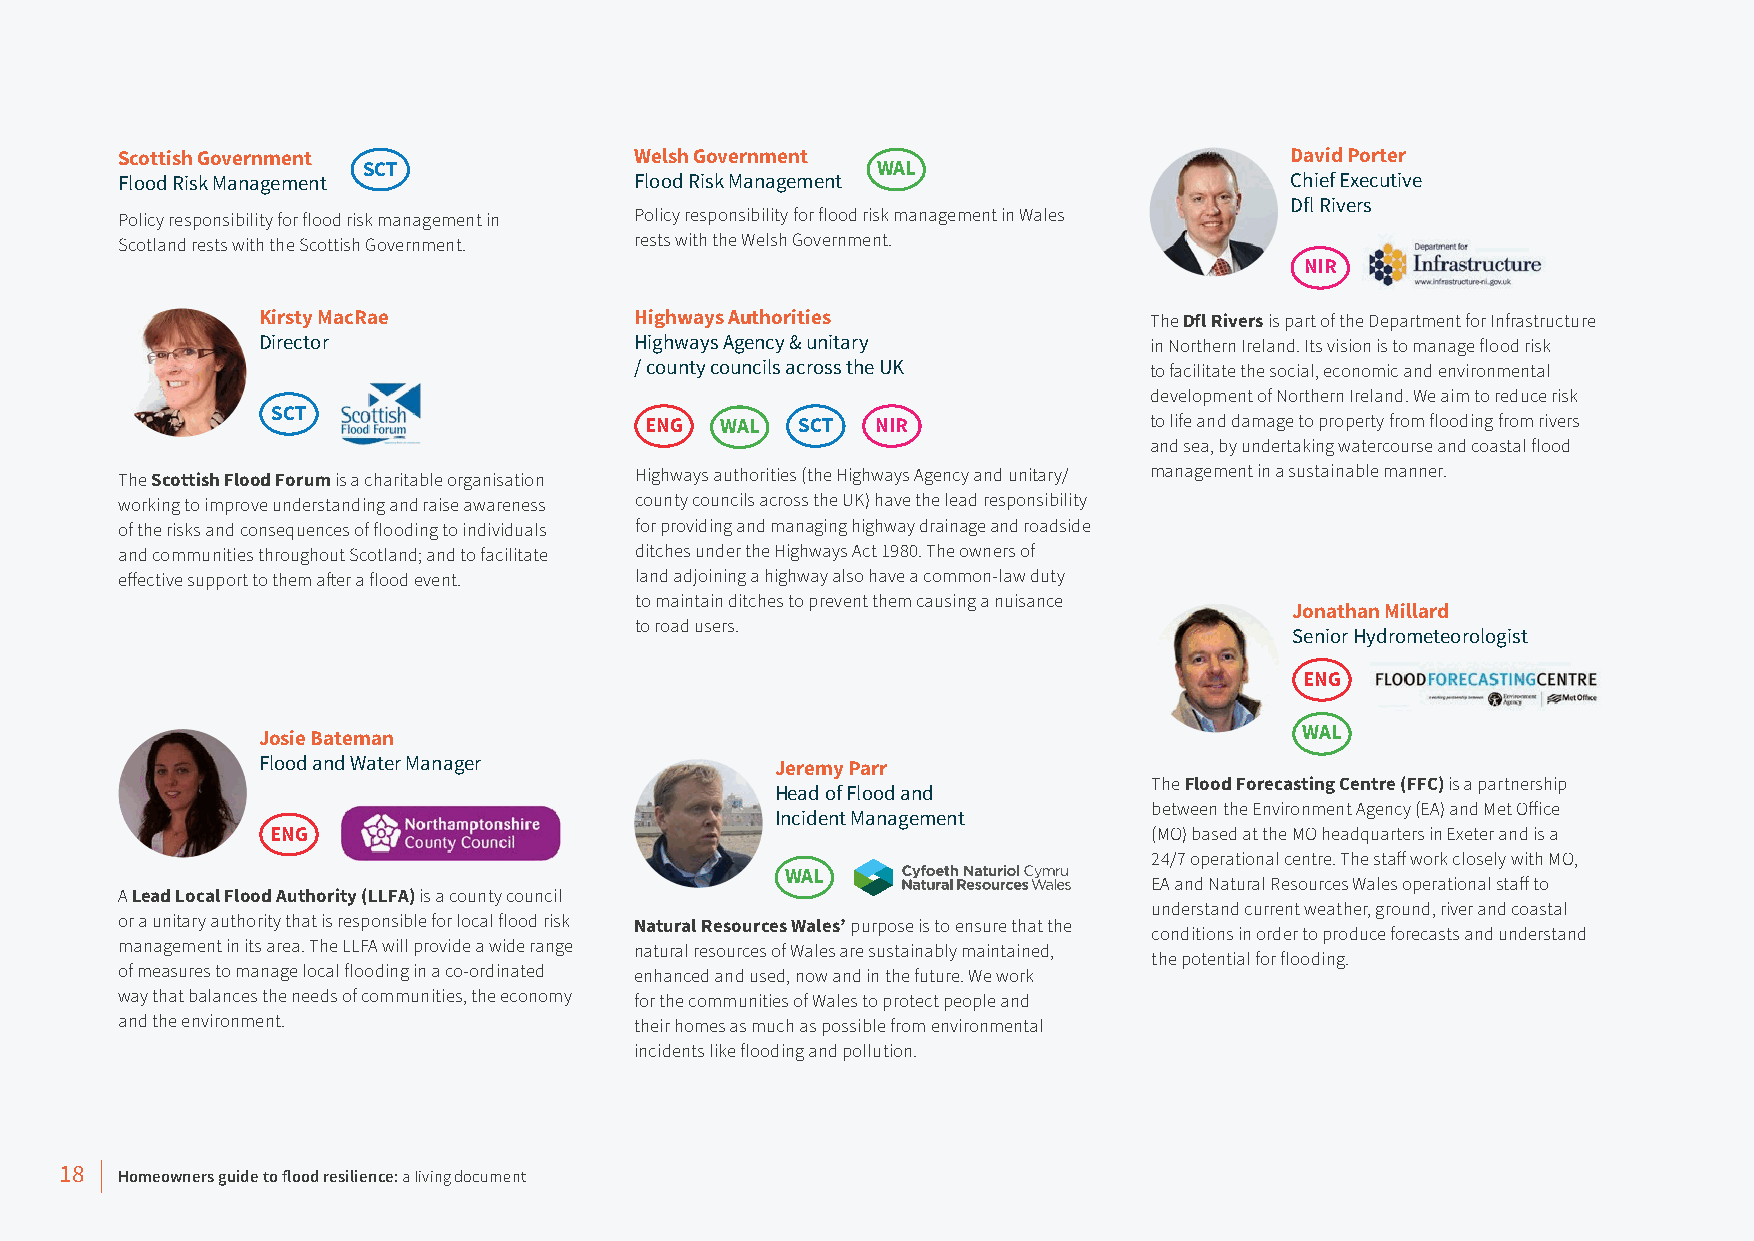
Scottish Government               Welsh Government                           David Porter
 SCT                               WAL
 Flood Risk Management             Flood Risk Management                      Chief Executive
 Dfl Rivers
 Policy responsibility for flood risk management in Policy responsibility for flood risk management in Wales
 Scotland rests with the Scottish Government. rests with the Welsh Government.
 NIR
 Kirsty MacRae            Highways Authorities              The Dfl Rivers is part of the Department for Infrastructure
 Director                 Highways Agency & unitary         in Northern Ireland. Its vision is to manage flood risk
 / county councils across the UK   to facilitate the social, economic and environmental
 development of Northern Ireland. We aim to reduce risk
 SCT                      ENG  WAL  SCT  NIR               to life and damage to property from flooding from rivers
 and sea, by undertaking watercourse and coastal flood
 The Scottish Flood Forum is a charitable organisation Highways authorities (the Highways Agency and unitary/ management in a sustainable manner.
 working to improve understanding and raise awareness county councils across the UK) have the lead responsibility
 of the risks and consequences of flooding to individuals for providing and managing highway drainage and roadside
 and communities throughout Scotland; and to facilitate ditches under the Highways Act 1980. The owners of
 effective support to them after a flood event. land adjoining a highway also have a common-law duty
 to maintain ditches to prevent them causing a nuisance
 Jonathan Millard
 to road users.
 Senior Hydrometeorologist
 ENG
 Josie Bateman                                                        WAL
 Flood and Water Manager
 Jeremy Parr
 The Flood Forecasting Centre (FFC) is a partnership
 Head of Flood and
 between the Environment Agency (EA) and Met Office
 Incident Management
 ENG                                                       (MO) based at the MO headquarters in Exeter and is a
 24/7 operational centre. The staff work closely with MO,
 WAL
 EA and Natural Resources Wales operational staff to
 A Lead Local Flood Authority (LLFA) is a county council
 understand current weather, ground, river and coastal
 or a unitary authority that is responsible for local flood risk Natural Resources Wales’ purpose is to ensure that the conditions in order to produce forecasts and understand
 management in its area. The LLFA will provide a wide range natural resources of Wales are sustainably maintained,
 the potential for flooding.
 of measures to manage local flooding in a co-ordinated enhanced and used, now and in the future. We work
 way that balances the needs of communities, the economy for the communities of Wales to protect people and
 and the environment.              their homes as much as possible from environmental
 incidents like flooding and pollution.
 Read more
 18  Homeowners guide to flood resilience: a living document